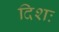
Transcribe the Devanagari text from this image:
दिशः